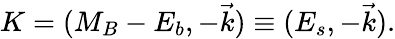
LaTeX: K=(M_{B}-E_{b},-\vec{k})\equiv(E_{s},-\vec{k}).